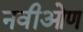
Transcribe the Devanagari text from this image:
नवीओण